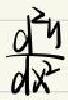
\(\frac{d^{2}y}{dx^{2}}\)